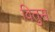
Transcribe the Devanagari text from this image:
वितुस